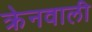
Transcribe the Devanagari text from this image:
क्रेनवाली